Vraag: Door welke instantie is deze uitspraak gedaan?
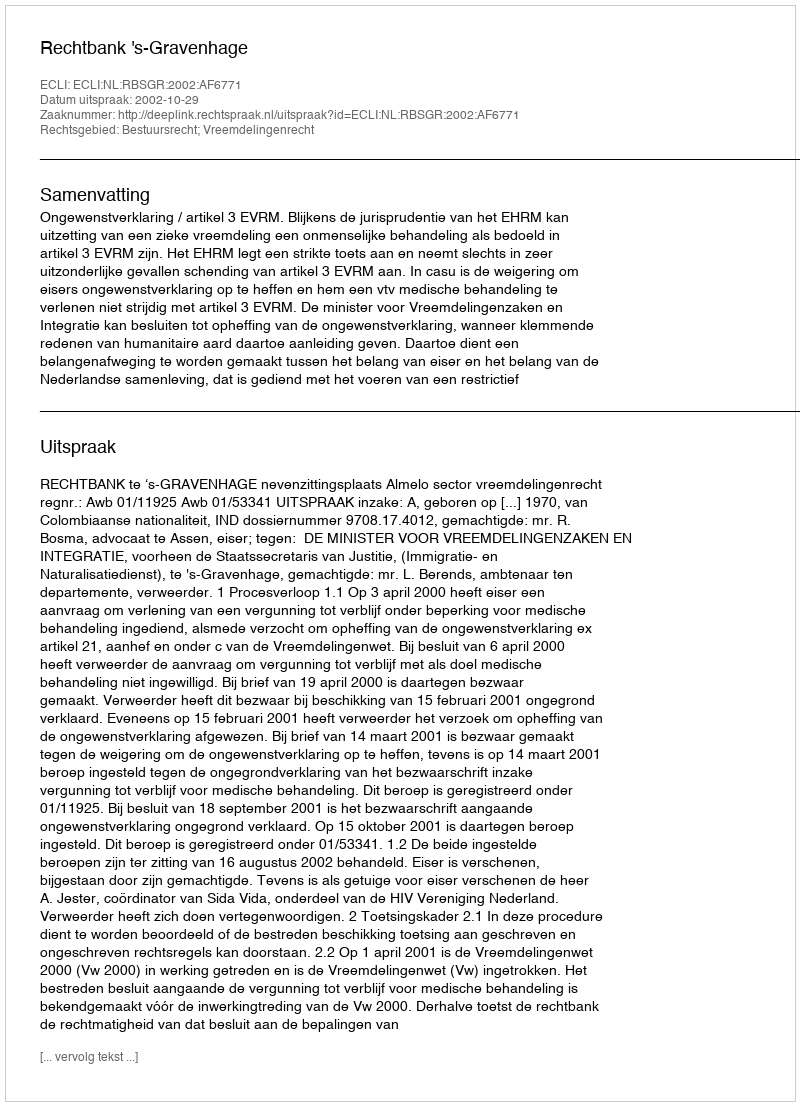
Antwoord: Rechtbank 's-Gravenhage